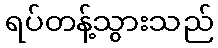
ရပ်တန့်သွားသည်